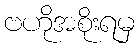
ဗဟိုအစိုးရမှ